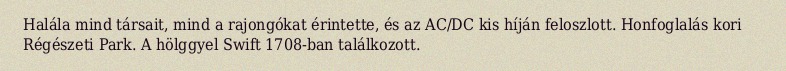
Halála mind társait, mind a rajongókat érintette, és az AC/DC kis híján feloszlott. Honfoglalás kori Régészeti Park. A hölggyel Swift 1708-ban találkozott.